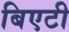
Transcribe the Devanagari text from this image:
बिएटी